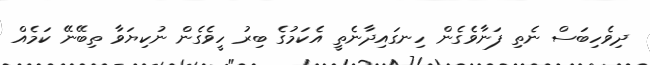
ދިވެހިބަސް ނެތި ފަނާވެގެން ހިނގައިދާނެތީ އެކަމުގެ ބިރު ހީވެގެން ނުކިޔަވާ ތިބޭނޭ ކަމެއް